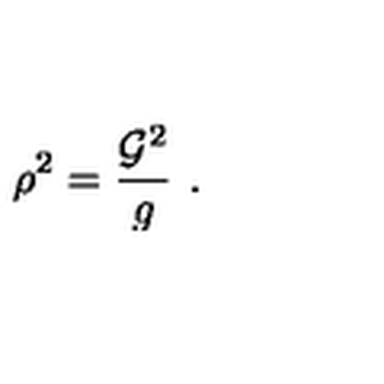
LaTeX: \rho ^ { 2 } = \frac { { \cal G } ^ { 2 } } { g } \ .